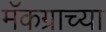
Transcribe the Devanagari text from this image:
मॅकग्राच्या